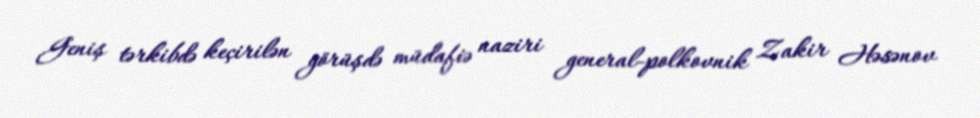
Geniş tərkibdə keçirilən görüşdə müdafiə naziri general-polkovnik Zakir Həsənov